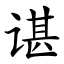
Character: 谌